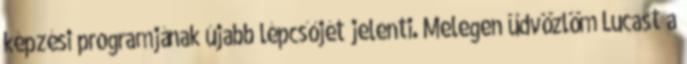
képzési programjának újabb lépcsőjét jelenti. Melegen üdvözlöm Lucast a